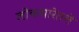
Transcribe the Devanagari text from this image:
लोकधारेतले